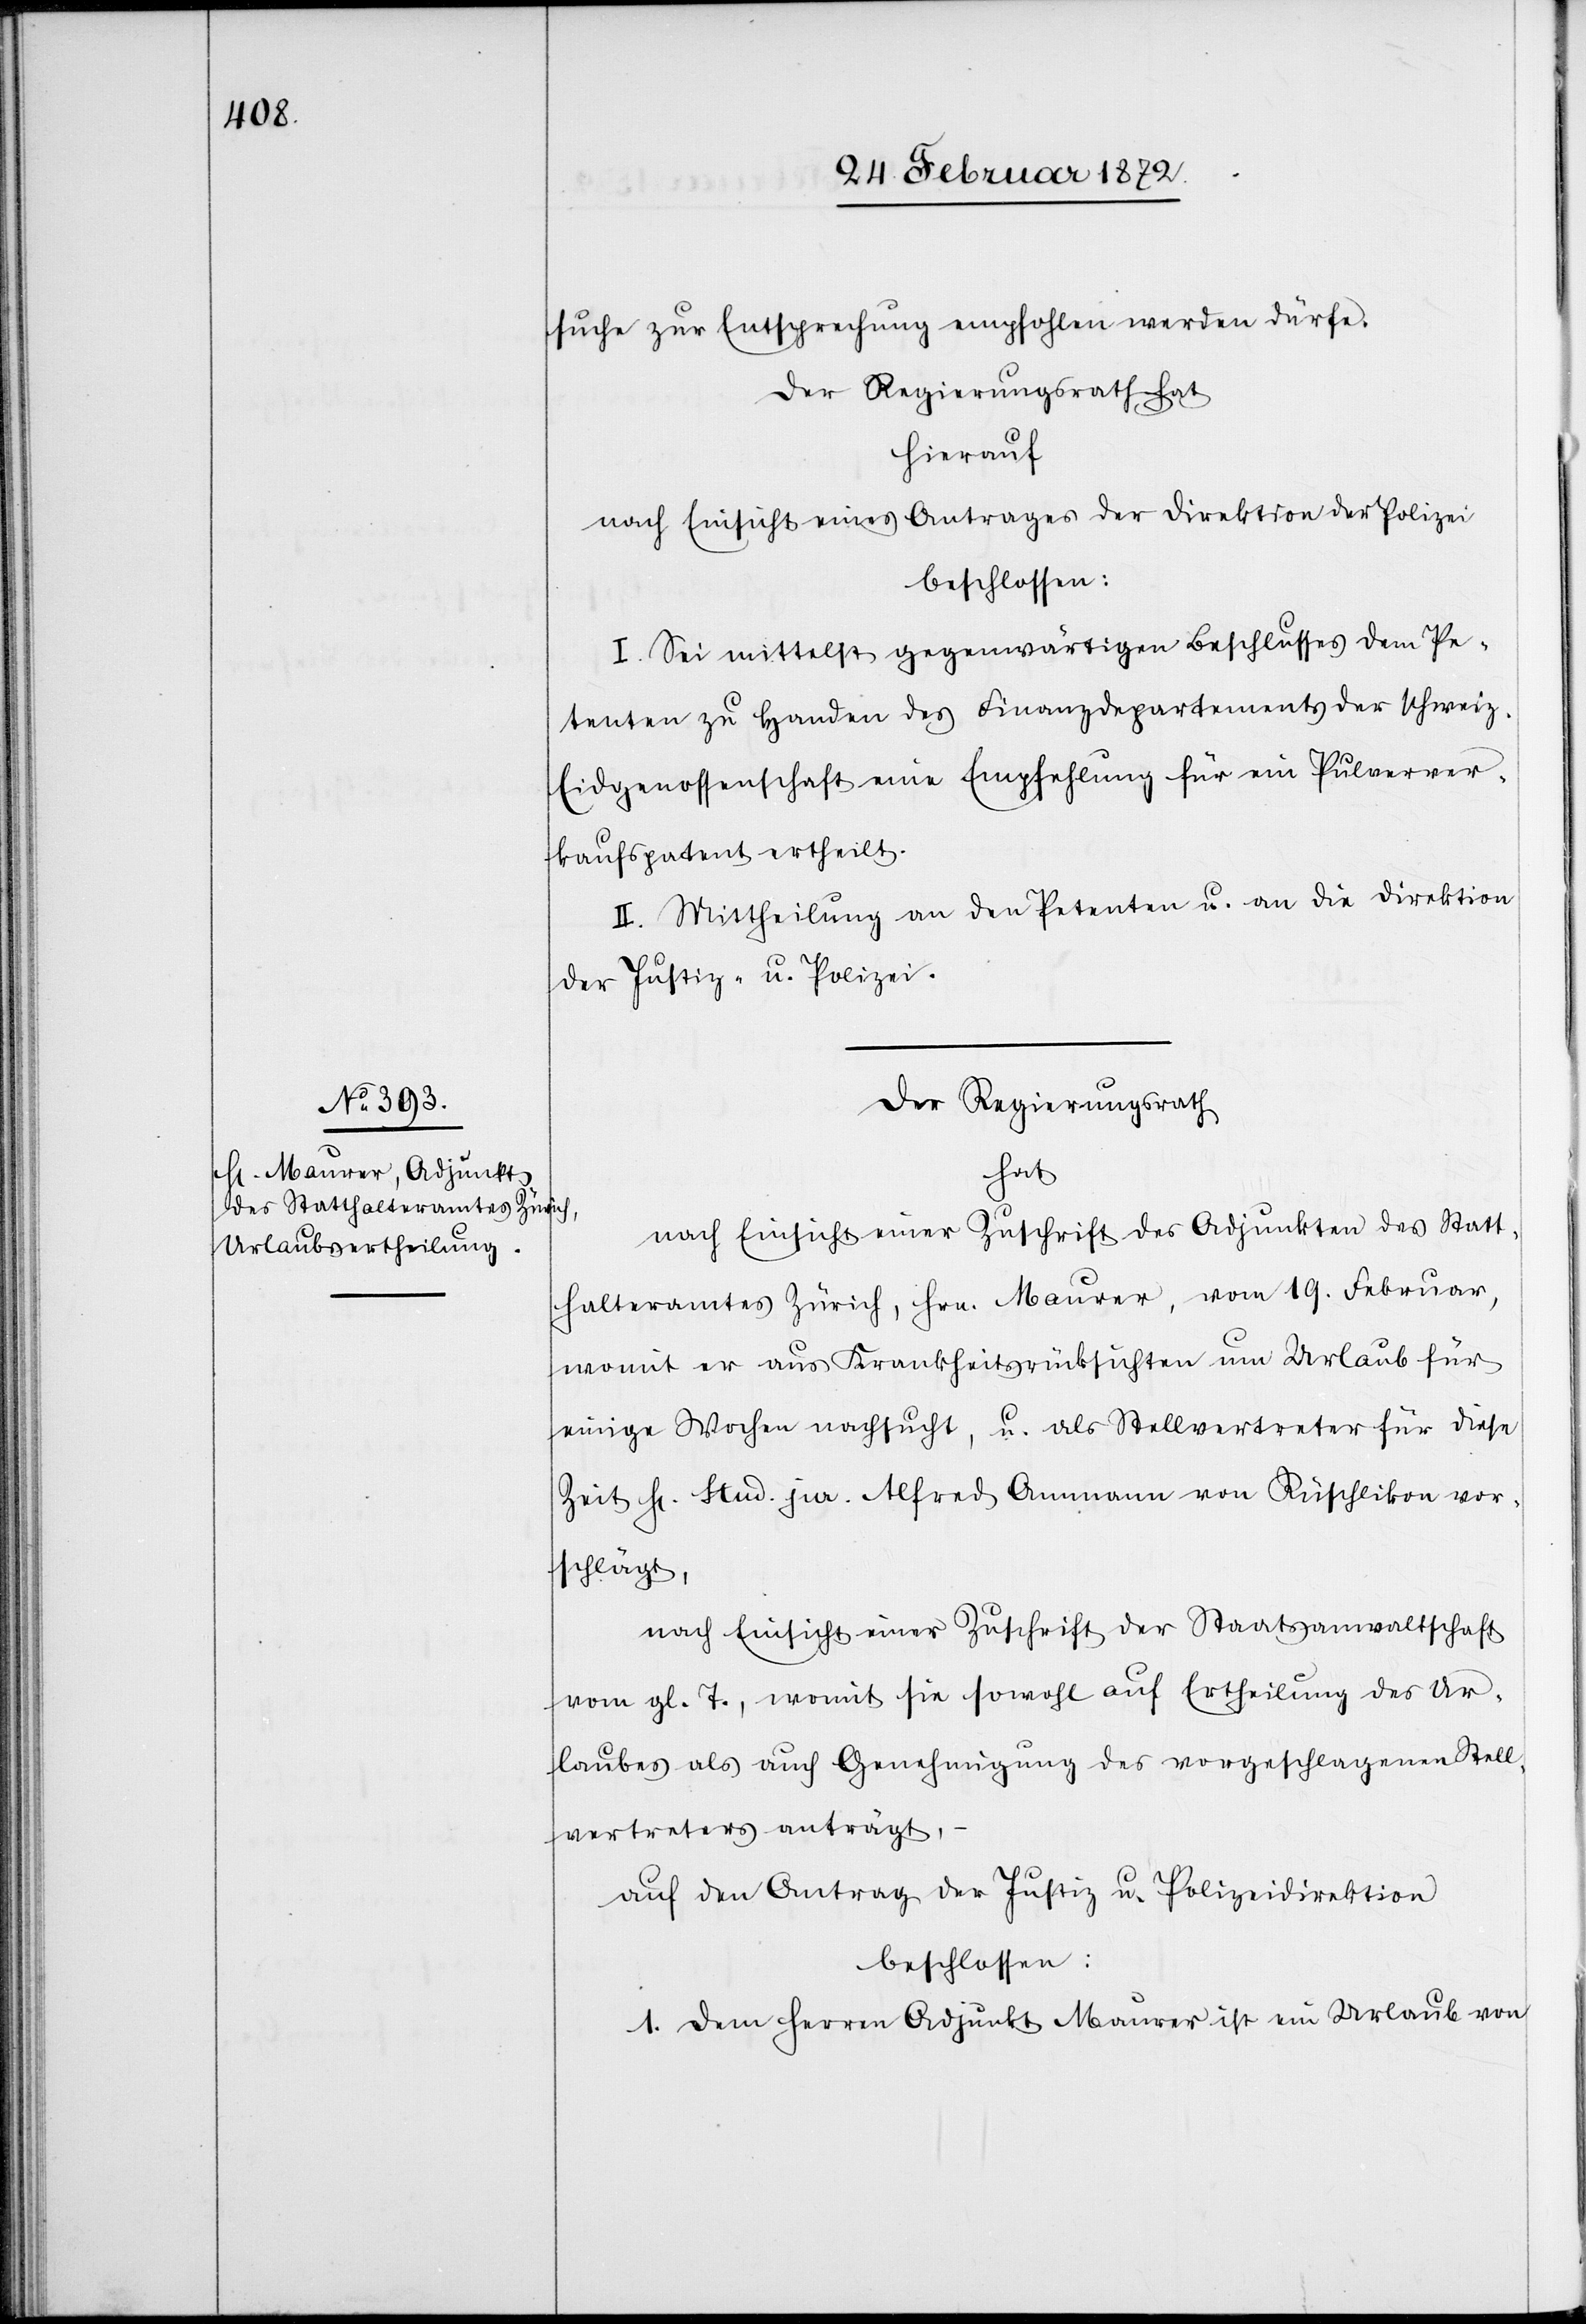
suche zur Entsprechung empfohlen werden dürfe.
hierauf
nach Einsicht eines Antrages der Direktion der Polizei
beschlossen:
I. Sei mittelst gegenwärtigen Beschlusses dem Pe¬
tenten zu Handen des Finanzdepartements der schweiz.
Eidgenossenschaft eine Empfehlung für ein Pulverver¬
kaufspatent ertheilt.
II. Mittheilung an den Petenten u. an die Direktion
der Justiz- u. Polizei.
Der Regierungsrath
hat
nach Einsicht einer Zuschrift des Adjunkten des Statt¬
halteramtes Zürich, Hrn. Maurer, vom 19. Februar,
womit er aus Krankheitsrücksichten um Urlaub für
einige Wochen nachsucht, u. als Stellvertreter für diese
Zeit Hr. Stud. jur. Alfred Ammann von Rüschlikon vor¬
schlägt,
nach Einsicht einer Zuschrift der Staatsanwaltschaft
vom gl. T., womit sie sowohl auf Ertheilung des Ur¬
laubes auch Genehmigung des vorgeschlagenen Stell¬
vertreters anträgt,
auf den Antrag der Justiz- u. Polizeidirektion
beschlossen:
1. Dem Herren Adjunkt Maurer ist ein Urlaub von